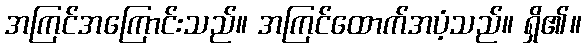
အကြင်အကြောင်းသည်။ အကြင်ထောက်အပံ့သည်။ ရှိ၏။